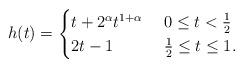
LaTeX: \begin{align*} h(t)= \begin{cases} t+2^\alpha t^{1+\alpha} & \ 0\le t < \frac{1}{2}\\ 2t-1 & \ \frac{1}{2} \le t\le 1. \end{cases}\end{align*}